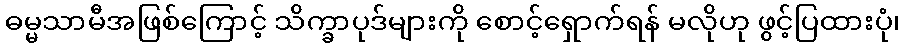
ဓမ္မသာမီအဖြစ်ကြောင့် သိက္ခာပုဒ်များကို စောင့်ရှောက်ရန် မလိုဟု ဖွင့်ပြထားပုံ၊